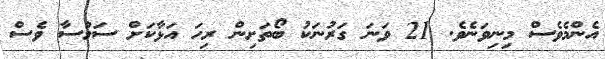
އެންމެވެސް މިނިވަނެވެ. 21 ވަނަ ގަރުނަކު ބޯތަށިން ރިހަ އަޅާކަށް ސަމުސާ ވެސް